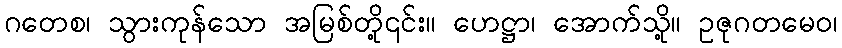
ဂတေစ၊ သွားကုန်သော အမြစ်တို့၎င်း။ ဟေဋ္ဌာ၊ အောက်သို့။ ဥဇုဂတမေဝ၊